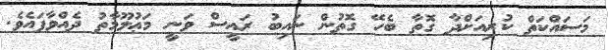
މަސައްކަތް ކުރިއަށްދާ ގޮތާ ބެހޭ ގޮތުން ނައިބު ރައީސް ވަނީ މަޢުލޫމާތު ދެއްވާފައެވެ.